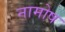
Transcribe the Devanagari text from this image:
नामोष